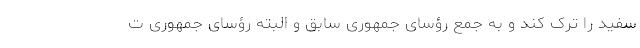
سفید را ترک کند و به جمع رؤسای جمهوری سابق و البته رؤسای جمهوری ت